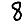
Digit: 8